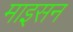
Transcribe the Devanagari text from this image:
माइसन